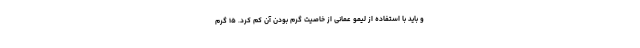
و باید با استفاده از لیمو عمانی از خاصیت گرم بودن آن کم کرد. ۱۵ گرم